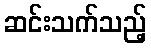
ဆင်းသက်သည့်